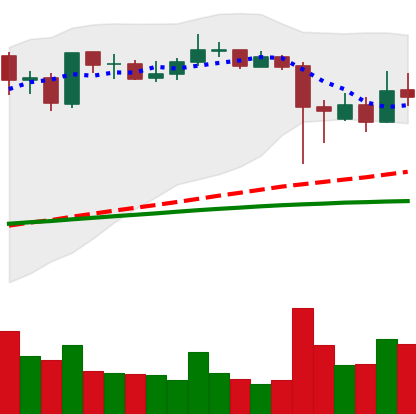
Ticker: ADA-USD
Chart end date: 2021-09-12
Forward return: -9.114%
Label: down_7plus